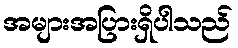
အများအပြားရှိပါသည်